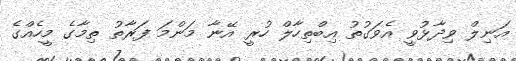
އަނިލް ވިދާޅުވީ އެވަގުތު އިބްތިހާލް ހުރީ އޭނާ މަންމަ ފަރާތު ތިމާގެ މީހެއްގެ